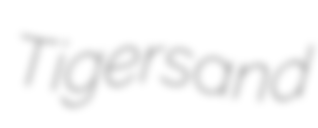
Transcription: Tigers and